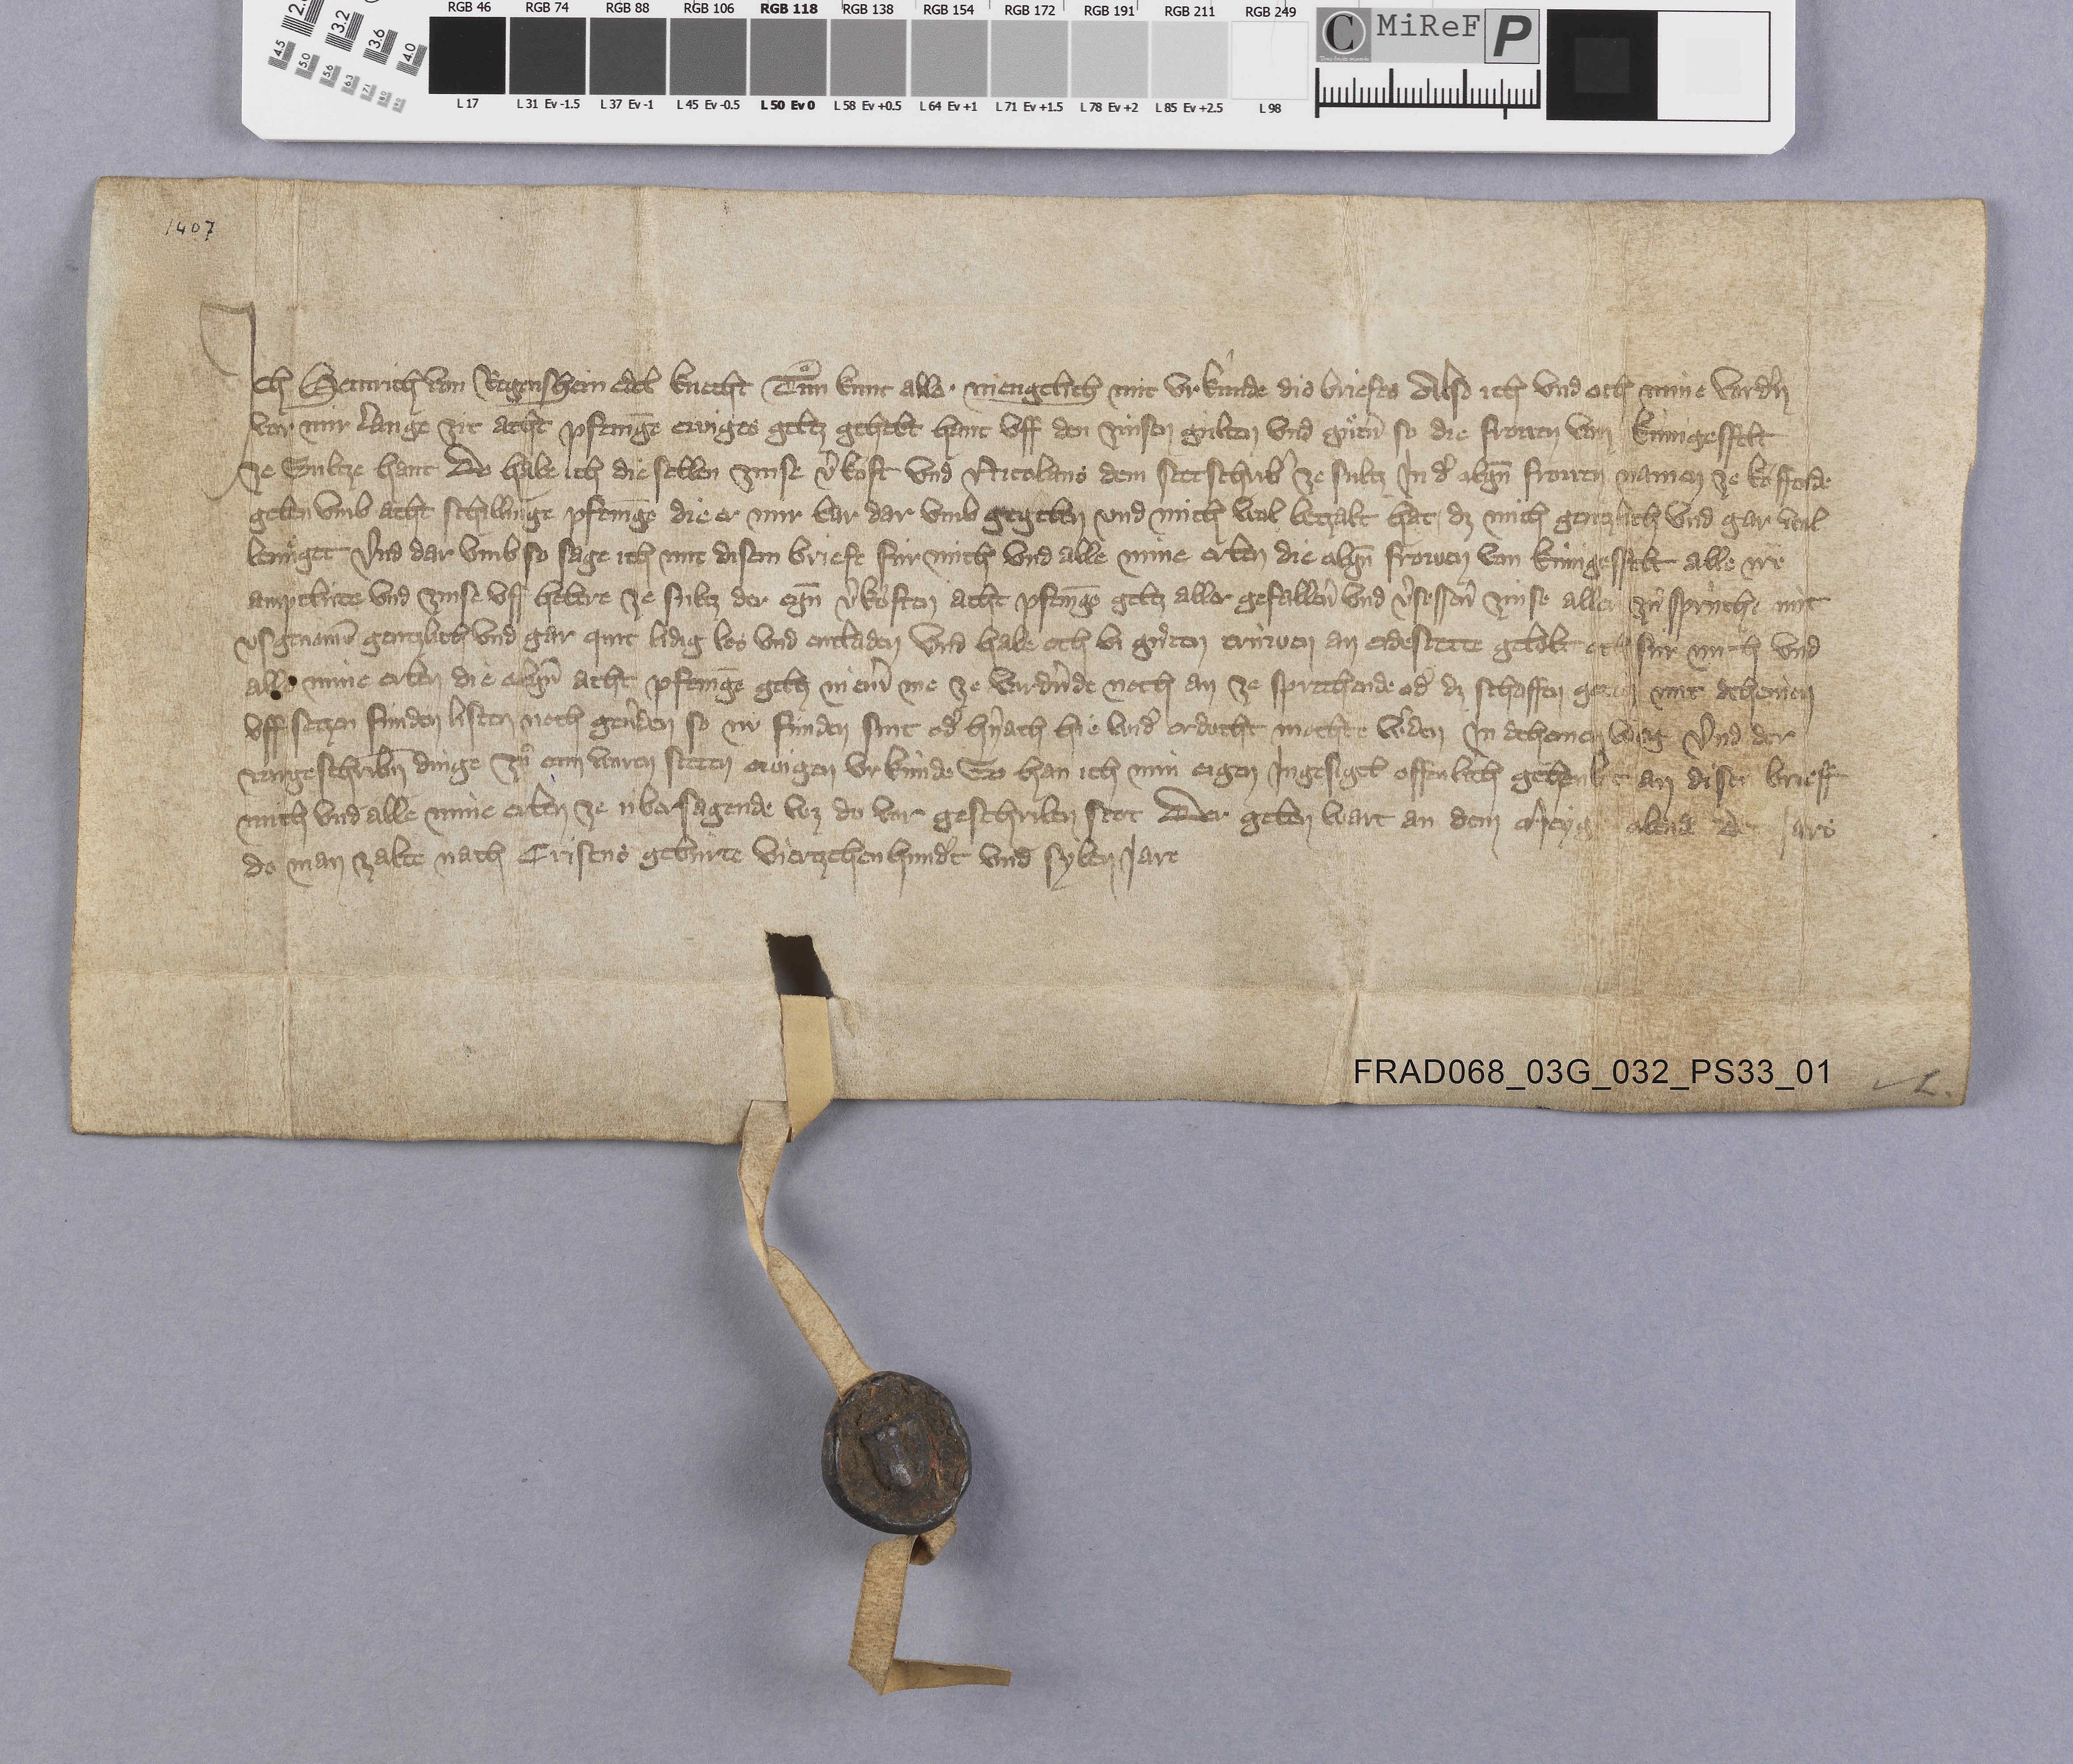
1407

Ich Heinrich von Regenshein edel knecht tuͦn kunt aller mengclich mit urkûnde dis briefes also ich und och mine vordˀn
vor mir lange zit acht pfenīge ewiges geltz gehenbt hant uff den zinsen gùlten und guͦtˀn so die frowen von Kùnigesfelt
ze Sultze hant. do habe ich die selben zinse vˀkoft und Nicolans dem stttschribˀ ze Sultz in dˀ obgn̄ frowen namen ze koͧffende
geben umb acht schillinge pfenīge die er mir bar dar umb gegeben und mich wol betzalt hat ✳ dz mich gentzlich und gar wil
benuͤget und dar umb so sage ich mit disem briefe fùr mich und alle mine erben die obgn̄ frowen von Kùnigesfelt alle ire
amptlùte und zinse uff he  ze Sultz der eḡt vˀkoͧften acht pfenīge geltz aller gefallenˀ und vˀsessenˀ zinse aller zù sprùche nùt
usgenomē gentzlich und gar quit lidig los und entladen und habe och bi guͤten trùwen an eidestette gelobt och fùr mich und
alle mine erben die obgn̄ acht pfenīge geltz ni emˀ me ze vardˀnde noch an ze sprechende odˀ dz schaffen ge  mit deheinen
uff setzen finden listen noch gevˀden so nu finden sint odˀ hˀnach hie undˀ erdacht mochte wˀden in deheinen weg und der
vorgeschribn̄ dinge zuͦ eim waren steten ewigen urkùnde so han ich min eigen ingesigel offenlich gehenket an disen brieff
mich und alle mine erben ze ùbersagende wz do vor geschriben stot. der geben wart an dem meygerabende des jars
do man zalte nach cristus gebùrte viertzehenhundˀt und syben jare.